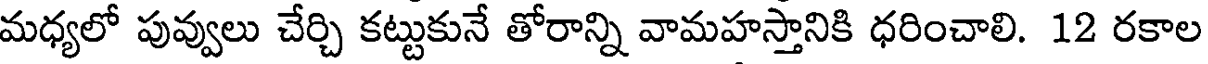
మధ్యలో పువ్వులు చేర్చి కట్టుకునే తోరాన్ని వామహస్తానికి ధరించాలి. 12 రకాల